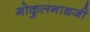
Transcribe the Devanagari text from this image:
गोकुलनाथजी